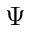
\Psi